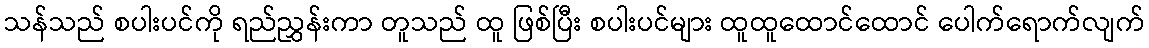
သန်သည် စပါးပင်ကို ရည်ညွှန်းကာ တူသည် ထူ ဖြစ်ပြီး စပါးပင်များ ထူထူထောင်ထောင် ပေါက်ရောက်လျက်